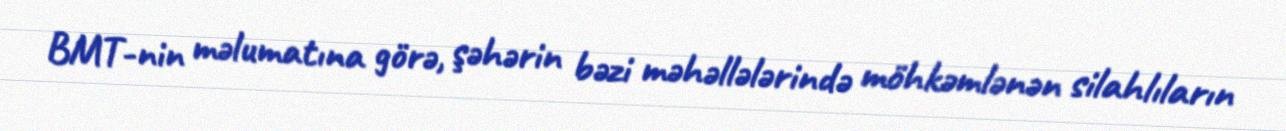
BMT-nin məlumatına görə, şəhərin bəzi məhəllələrində möhkəmlənən silahlıların